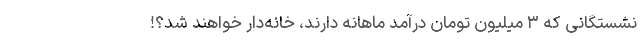
نشستگانی که ۳ میلیون تومان درآمد ماهانه دارند، خانه‌دار خواهند شد؟!